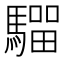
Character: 𩥺